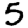
Digit: 5